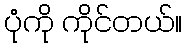
ပုံကို ကိုင်တယ်။